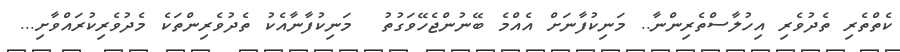
ކެތްތެރި ތެދުވެރި އިހުލާސްތެރިންނާ.. މަނިކުފާނަށް އެއްމެ ބޭނުންޖެހޭވަގުތު  މަނިކުފާނާއެކު ތެދުވެރިންތަކެ މެދުވެރިކުރައްވާށި...